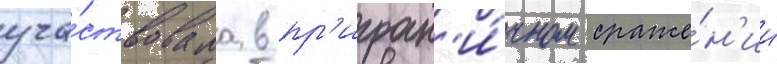
уча́ствовала в пр'игран'и́чном сраже́н'ии